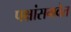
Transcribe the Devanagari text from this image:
पक्षांसमवेत